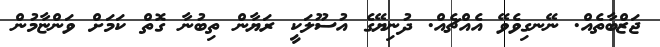
ޖަޒްބާތެއް. ނޭނގިވެވޭ އެއްޗެއް. ދުނިޔޭގެ އުސޫލަކީ ރަޔާން ތިބުނާ ގޮތް ކަމަށް ވަންޏާމުން